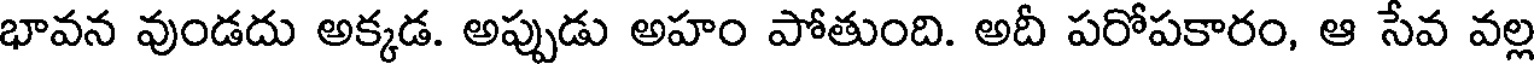
భావన వుండదు అక్కడ. అప్పుడు అహం పోతుంది. అదీ పరోపకారం, ఆ సేవ వల్ల